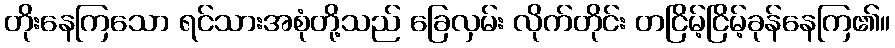
တိုးနေကြသော ရင်သားအစုံတို့သည် ခြေလှမ်း လိုက်တိုင်း တငြိမ့်ငြိမ့်ခုန်နေကြ၏။